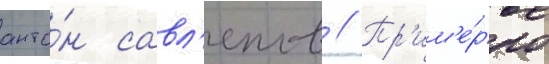
анто́н савл'епов // Пр'им'е́рно